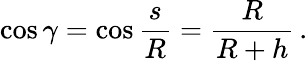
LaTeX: \cos\gamma=\cos{\frac{s}{R}}={\frac{R}{R+h}}\, .